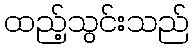
ထည့်သွင်းသည်